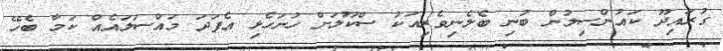
ގުރައިދޫ ކައުންސިލުން ބުނި ބެލެނިވެރިއަކު ސްކޫލަށް ހުށަހެޅި އެފަދަ މައްސަލައެއް ކަމާ ބެހޭ